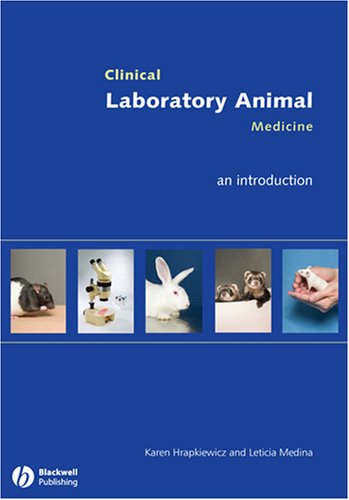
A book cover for Clinical Laboratory Animal Medicine with CD; Medical Books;